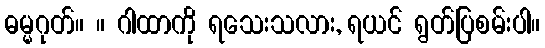
ဓမ္မဂုတ်။ ။ ဂါထာကို ရသေးသလား, ရယင် ရွတ်ပြစမ်းပါ။